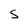
Character: s